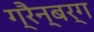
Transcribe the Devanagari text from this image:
ग्रैन्बर्ग